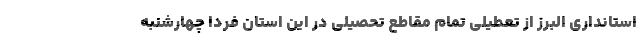
استانداری البرز از تعطیلی تمام مقاطع تحصیلی در این استان فردا چهارشنبه